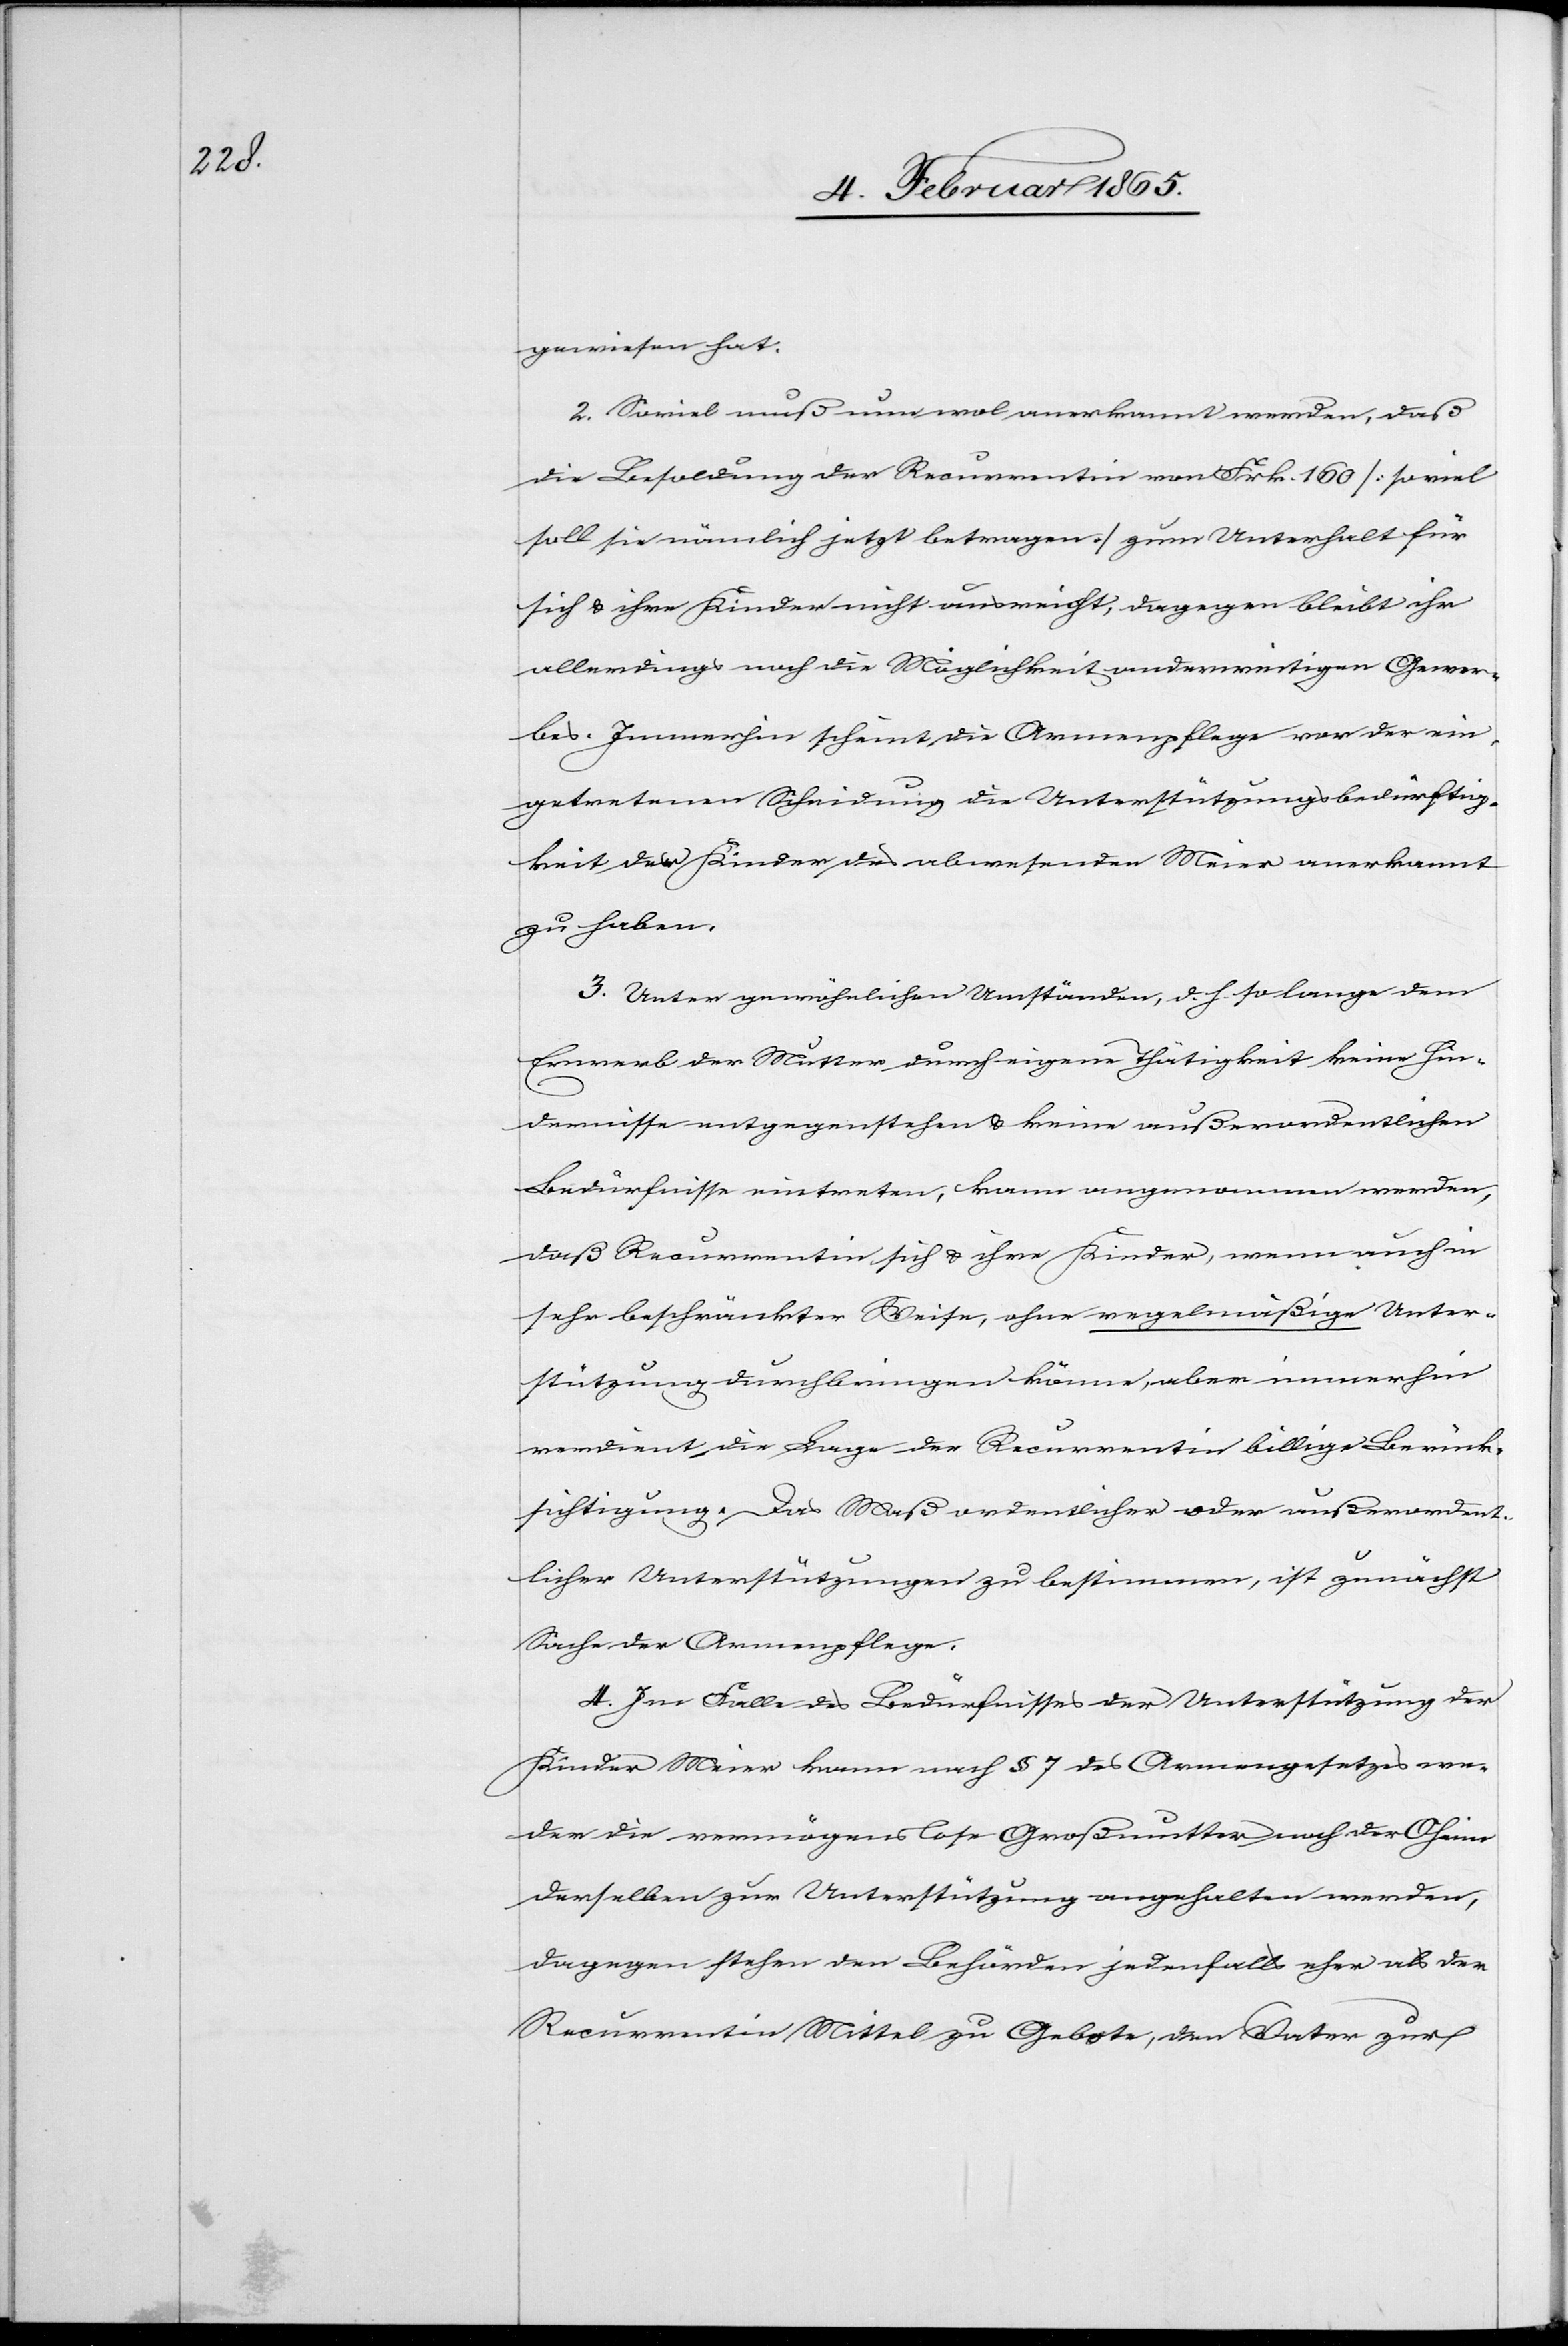
gewiesen hat.
2. Soviel muß nun wol anerkannt werden, daß
die Besoldung der Recurrentin von Frk. 160 [so viel
soll sie nämlich jetzt betragen] zum Unterhalt für
sich u. ihre Kinder nicht ausreicht, dagegen bleibt ihr
allerdings noch die Möglichkeit anderweitigen Gewer¬
bes. Immerhin scheint die Armenpflege vor der ein¬
getretenen Scheidung die Unterstützungsbedürftig¬
keit der Kinder des abwesenden Meier anerkannt
zu haben.
3. Unter gewöhnlichen Umständen, d. h. so lange dem
Erwerb der Mutter durch eigene Thätigkeit keine Hin¬
dernisse entgegenstehen u. keine außerordentlichen
Bedürfnisse eintreten, kann angenommen werden,
daß Recurrentin sich u. ihre Kinder, wenn auch in
sehr beschränkter Weise, ohne regelmäßige Unter¬
stützung durchbringen könne, aber immerhin
verdient die Lage der Recurrentin billige Berück¬
sichtigung. Das Maß ordentlicher oder außerordent¬
licher Unterstützungen zu bestimmen, ist zunächst
Sache der Armenpflege.
4. Im Falle des Bedürfnisses der Unterstützung der
Kinder Meier kann nach § 7 des Armengesetzes we¬
der die vermögenslose Großmutter noch der Oheim
derselben zur Unterstützung angehalten werden,
dagegen stehen den Behörden jedenfalls eher als der
Recurrentin Mittel zu Gebote, den Vater zur